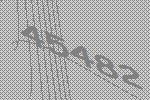
45482